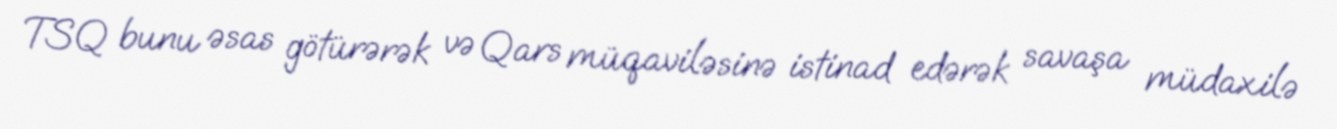
TSQ bunu əsas götürərək və Qars müqaviləsinə istinad edərək savaşa müdaxilə